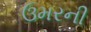
ઉમરની